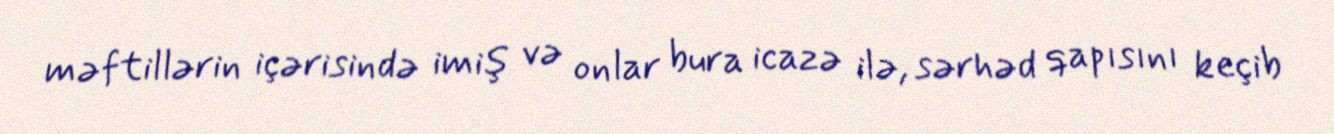
məftillərin içərisində imiş və onlar bura icazə ilə, sərhəd qapısını keçib